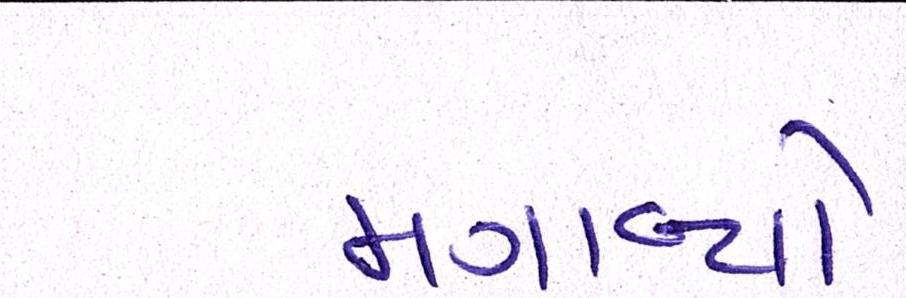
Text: મગાવ્યો